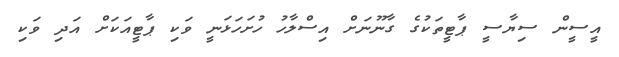
އީސީން ސިޔާސީ ޕާޓީތަކުގެ ގާނޫނަށް އިސްލާހު ހުށަހަޅަނީ ވަކި ޕާޓީއަކަށް އަދި ވަކި